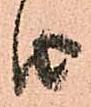
由